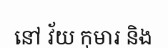
នៅ វ័យ កុមារ និង